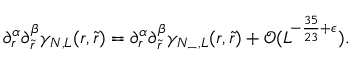
\begin{array} { r } { \partial _ { r } ^ { \alpha } \partial _ { \tilde { r } } ^ { \beta } \gamma _ { N , L } ( r , \tilde { r } ) = \partial _ { r } ^ { \alpha } \partial _ { \tilde { r } } ^ { \beta } \gamma _ { N _ { - } , L } ( r , \tilde { r } ) + \mathcal { O } ( L ^ { - \frac { 3 5 } { 2 3 } + \epsilon } ) . } \end{array}